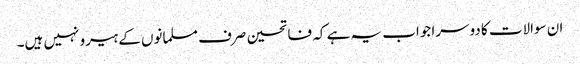
ان سوالات کا دوسرا جواب یہ ہے کہ فاتحین صرف مسلمانوں کے ہیرو نہیں ہیں۔